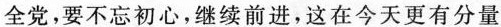
全党，要不忘初心，继续前进，这在今天更有分量